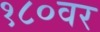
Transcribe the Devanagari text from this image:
१८०वर